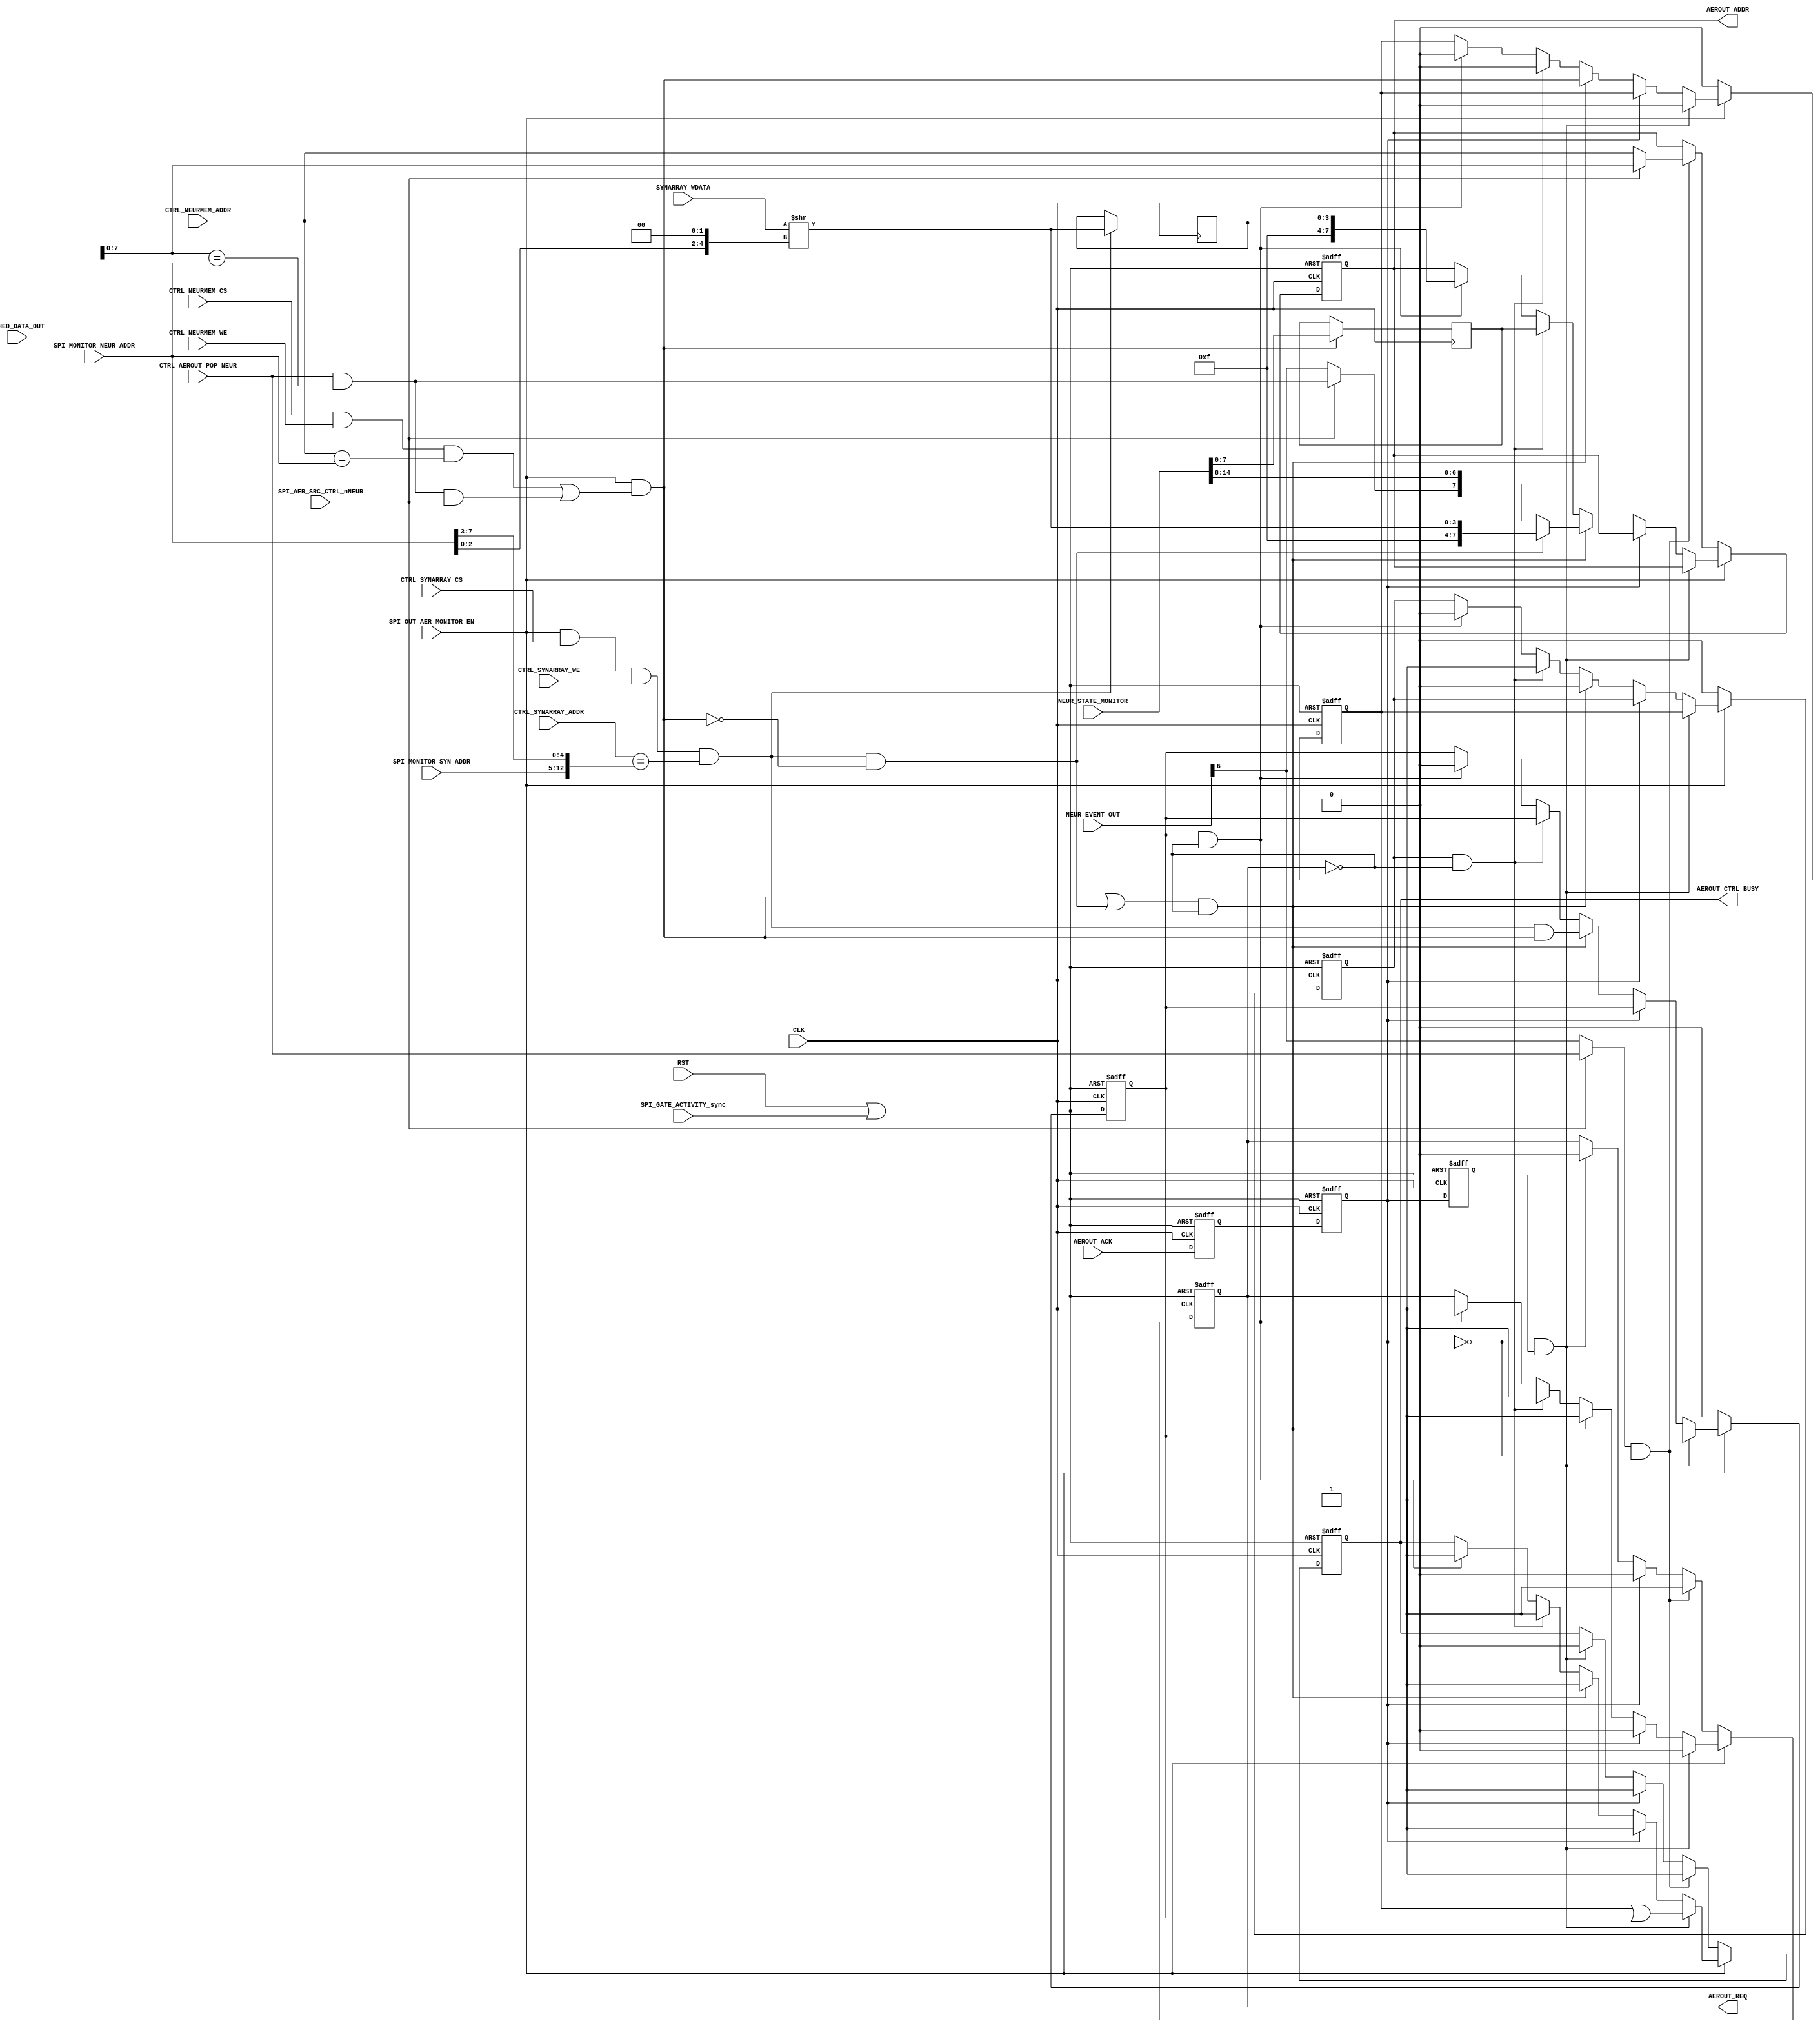
// Copyright (C) 2016-2019 Universit catholique de Louvain (UCLouvain), Belgium.
// Copyright and related rights are licensed under the Solderpad Hardware
// License, Version 2.0 (the "License"); you may not use this file except in
// compliance with the License.  You may obtain a copy of the License at
// http://solderpad.org/licenses/SHL-2.0/. The software, hardware and materials
// distributed under this License are provided in the hope that it will be useful
// on an as is basis, without warranties or conditions of any kind, either
// expressed or implied; without even the implied warranty of merchantability or
// fitness for a particular purpose. See the Solderpad Hardware License for more
// detailed permissions and limitations.
//------------------------------------------------------------------------------
//
// "aer_out.v" - ODIN AER output link module
// 
// Project: ODIN - An online-learning digital spiking neuromorphic processor
//
//
// Cite/paper: C. Frenkel, M. Lefebvre, J.-D. Legat and D. Bol, "A 0.086-mm 12.7-pJ/SOP 64k-Synapse 256-Neuron Online-Learning
//             Digital Spiking Neuromorphic Processor in 28-nm CMOS," IEEE Transactions on Biomedical Circuits and Systems,
//             vol. 13, no. 1, pp. 145-158, 2019.
//
//------------------------------------------------------------------------------


module aer_out #(
	parameter N = 256,
	parameter M = 8
)(

    // Global input ----------------------------------- 
    input  wire           CLK,
    input  wire           RST,
    
    // Inputs from SPI configuration latches ----------
    input  wire           SPI_GATE_ACTIVITY_sync,
    input  wire           SPI_OUT_AER_MONITOR_EN,
    input  wire [  M-1:0] SPI_MONITOR_NEUR_ADDR,
    input  wire [  M-1:0] SPI_MONITOR_SYN_ADDR, 
    input  wire           SPI_AER_SRC_CTRL_nNEUR,
    
    // Neuron data inputs -----------------------------
    input  wire [   14:0] NEUR_STATE_MONITOR,
    input  wire [    6:0] NEUR_EVENT_OUT,
    input  wire           CTRL_NEURMEM_WE, 
    input  wire [  M-1:0] CTRL_NEURMEM_ADDR,
    input  wire           CTRL_NEURMEM_CS,
    
    // Synapse data inputs ----------------------------
    input  wire [   31:0] SYNARRAY_WDATA,
    input  wire           CTRL_SYNARRAY_WE, 
    input  wire [   12:0] CTRL_SYNARRAY_ADDR,
    input  wire           CTRL_SYNARRAY_CS,
    
    // Input from scheduler ---------------------------
    input  wire [   12:0] SCHED_DATA_OUT,
  
    // Input from controller --------------------------
    input  wire           CTRL_AEROUT_POP_NEUR,
    
    // Output to controller ---------------------------
    output reg            AEROUT_CTRL_BUSY,
    
	// Output 8-bit AER link --------------------------
	output reg  [  M-1:0] AEROUT_ADDR, 
	output reg  	      AEROUT_REQ,
	input  wire 	      AEROUT_ACK
);


   reg            AEROUT_ACK_sync_int, AEROUT_ACK_sync, AEROUT_ACK_sync_del; 
   wire           AEROUT_ACK_sync_negedge;
   
   reg  [    7:0] neuron_state_monitor_samp;
   reg  [    3:0] synapse_state_samp;
   wire [   31:0] synapse_state_int;
   wire           neuron_state_event, synapse_state_event, synapse_state_event_cond;
   reg            synapse_state_event_del;
   wire           monitored_neuron_popped;
   
   reg            do_neuron0_transfer, do_neuron1_transfer, do_synapse_transfer;
   
   wire           rst_activity;
   
   
   assign rst_activity = RST || SPI_GATE_ACTIVITY_sync;
   
   assign monitored_neuron_popped  = CTRL_AEROUT_POP_NEUR && (SCHED_DATA_OUT[M-1:0] == SPI_MONITOR_NEUR_ADDR);
   
   assign neuron_state_event       = SPI_OUT_AER_MONITOR_EN && ((CTRL_NEURMEM_CS  && CTRL_NEURMEM_WE  && (CTRL_NEURMEM_ADDR  == SPI_MONITOR_NEUR_ADDR)) || (monitored_neuron_popped && SPI_AER_SRC_CTRL_nNEUR));
   assign synapse_state_event_cond = SPI_OUT_AER_MONITOR_EN &&   CTRL_SYNARRAY_CS && CTRL_SYNARRAY_WE && (CTRL_SYNARRAY_ADDR == {SPI_MONITOR_SYN_ADDR, SPI_MONITOR_NEUR_ADDR[7:3]});
   assign synapse_state_event      = synapse_state_event_cond && !neuron_state_event;

   
   // Sync barrier
   always @(posedge CLK, posedge rst_activity) begin
		if (rst_activity) begin
			AEROUT_ACK_sync_int <= 1'b0;
			AEROUT_ACK_sync	    <= 1'b0;
			AEROUT_ACK_sync_del <= 1'b0;
		end
		else begin
			AEROUT_ACK_sync_int <= AEROUT_ACK;
			AEROUT_ACK_sync	    <= AEROUT_ACK_sync_int;
			AEROUT_ACK_sync_del <= AEROUT_ACK_sync;
		end
	end
    assign AEROUT_ACK_sync_negedge = ~AEROUT_ACK_sync && AEROUT_ACK_sync_del;
    
    
    // Register state bank    
    always @(posedge CLK) begin
		if (neuron_state_event)
            neuron_state_monitor_samp <= NEUR_STATE_MONITOR[7:0];
        else
            neuron_state_monitor_samp <= neuron_state_monitor_samp;
	end
    always @(posedge CLK) begin
		if (synapse_state_event_cond)
            synapse_state_samp <= synapse_state_int[3:0];
        else
            synapse_state_samp <= synapse_state_samp;
	end
    
    assign synapse_state_int = SYNARRAY_WDATA >> ({2'b0,SPI_MONITOR_NEUR_ADDR[2:0]} << 2);
    
    
    // Output AER interface
    always @(posedge CLK, posedge rst_activity) begin
		if (rst_activity) begin
			AEROUT_ADDR             <= 8'b0;
			AEROUT_REQ              <= 1'b0;
            AEROUT_CTRL_BUSY        <= 1'b0;
            do_neuron0_transfer     <= 1'b0;
            do_neuron1_transfer     <= 1'b0;
            do_synapse_transfer     <= 1'b0;
            synapse_state_event_del <= 1'b0;
		end else if (~SPI_OUT_AER_MONITOR_EN) begin
            do_neuron0_transfer     <= 1'b0;
            do_neuron1_transfer     <= 1'b0;
            do_synapse_transfer     <= 1'b0;
            synapse_state_event_del <= 1'b0;
            if ((SPI_AER_SRC_CTRL_nNEUR ? CTRL_AEROUT_POP_NEUR : NEUR_EVENT_OUT[6]) && ~AEROUT_ACK_sync) begin
                AEROUT_ADDR      <= SPI_AER_SRC_CTRL_nNEUR ? SCHED_DATA_OUT[M-1:0] : CTRL_NEURMEM_ADDR;
                AEROUT_REQ       <= 1'b1;
                AEROUT_CTRL_BUSY <= 1'b1;
            end else if (AEROUT_ACK_sync) begin
                AEROUT_ADDR      <= AEROUT_ADDR;
                AEROUT_REQ       <= 1'b0;
                AEROUT_CTRL_BUSY <= 1'b1;
            end else if (AEROUT_ACK_sync_negedge) begin
                AEROUT_ADDR      <= AEROUT_ADDR;
                AEROUT_REQ       <= 1'b0;
                AEROUT_CTRL_BUSY <= 1'b0;
            end else begin
                AEROUT_ADDR      <= AEROUT_ADDR;
                AEROUT_REQ       <= AEROUT_REQ;
                AEROUT_CTRL_BUSY <= AEROUT_CTRL_BUSY;
            end
        end else begin
            if (AEROUT_ACK_sync_negedge) begin
                AEROUT_ADDR             <= AEROUT_ADDR;
                AEROUT_REQ              <= 1'b0;
                AEROUT_CTRL_BUSY        <= do_neuron0_transfer || synapse_state_event_del;
                do_neuron0_transfer     <= 1'b0;
                do_neuron1_transfer     <= do_neuron0_transfer;
                do_synapse_transfer     <= 1'b0;
                synapse_state_event_del <= synapse_state_event_del;
            end else if (AEROUT_ACK_sync) begin
                AEROUT_ADDR             <= AEROUT_ADDR;
                AEROUT_REQ              <= 1'b0;
                AEROUT_CTRL_BUSY        <= 1'b1;
                do_neuron0_transfer     <= do_neuron0_transfer;
                do_neuron1_transfer     <= do_neuron1_transfer;
                do_synapse_transfer     <= do_synapse_transfer;
                synapse_state_event_del <= synapse_state_event_del;
            end else if ((neuron_state_event || synapse_state_event) && !AEROUT_REQ) begin
                AEROUT_ADDR             <= synapse_state_event ? {4'b1111,synapse_state_int[3:0]}
                                                               : {(SPI_AER_SRC_CTRL_nNEUR ? monitored_neuron_popped : NEUR_EVENT_OUT[6]),NEUR_STATE_MONITOR[14:8]};
                AEROUT_REQ              <= 1'b1;
                AEROUT_CTRL_BUSY        <= 1'b1;
                do_neuron0_transfer     <= neuron_state_event;
                do_neuron1_transfer     <= 1'b0;
                do_synapse_transfer     <= synapse_state_event;
                synapse_state_event_del <= synapse_state_event_cond && neuron_state_event;
            end else if (do_neuron1_transfer && !AEROUT_REQ) begin
                AEROUT_ADDR             <= neuron_state_monitor_samp;
                AEROUT_REQ              <= 1'b1;
                AEROUT_CTRL_BUSY        <= 1'b1;
                do_neuron0_transfer     <= 1'b0;
                do_neuron1_transfer     <= 1'b1;
                do_synapse_transfer     <= 1'b0;
                synapse_state_event_del <= synapse_state_event_del;
            end else if (synapse_state_event_del && !AEROUT_REQ) begin
                AEROUT_ADDR             <= {4'b1111,synapse_state_samp};
                AEROUT_REQ              <= 1'b1;
                AEROUT_CTRL_BUSY        <= 1'b1;
                do_neuron0_transfer     <= 1'b0;
                do_neuron1_transfer     <= 1'b0;
                do_synapse_transfer     <= 1'b0;
                synapse_state_event_del <= 1'b0;
            end else begin
                AEROUT_ADDR             <= AEROUT_ADDR;
                AEROUT_REQ              <= AEROUT_REQ;
                AEROUT_CTRL_BUSY        <= AEROUT_CTRL_BUSY;
                do_neuron0_transfer     <= do_neuron0_transfer;
                do_neuron1_transfer     <= do_neuron1_transfer;
                do_synapse_transfer     <= do_synapse_transfer;
                synapse_state_event_del <= synapse_state_event_del;
            end
        end
	end


endmodule